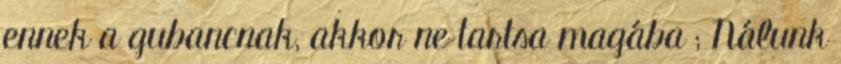
ennek a gubancnak, akkor ne tartsa magába ; Nálunk